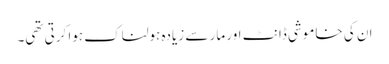
ان کی خاموشی ڈانٹ اور مار سے زیادہ ہولناک ہوا کرتی تھی۔